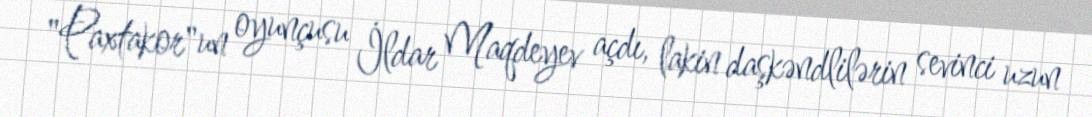
"Paxtakor"un oyunçusu İldar Maqdeyev açdı, lakin daşkəndlilərin sevinci uzun